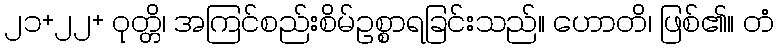
၂၁+၂၂+ ဝုတ္တိ၊ အကြင်စည်းစိမ်ဥစ္စာရခြင်းသည်။ ဟောတိ၊ ဖြစ်၏။ တံ